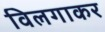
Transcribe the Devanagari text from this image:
विलगाकर